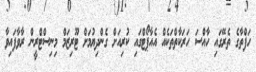
ހަފްތާގެ ތެރޭގައި ހާއްސަ ހަރަކާތްތަކެއް އެއާޕޯޓްގައި ކުރިއަށް ގެންދިޔުމަށް ޓޫރިޒަމް މިނިސްޓްރީން ރާވާފައިވާ